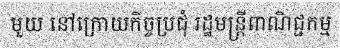
មួយ នៅក្រោយកិច្ចប្រជុំ រដ្ឋមន្ត្រីពាណិជ្ជកម្ម